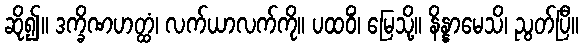
ဆို၍။ ဒက္ခိဏဟတ္ထံ၊ လက်ယာလက်ကို။ ပထဝိံ၊ မြေသို့။ နိန္နာမေသိ၊ ညွတ်ပြီ။